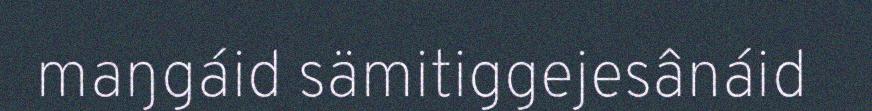
maŋgáid sämitiggejesânáid